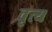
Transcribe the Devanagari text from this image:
वृत्य